Report on horse surra - Volume II, Part II
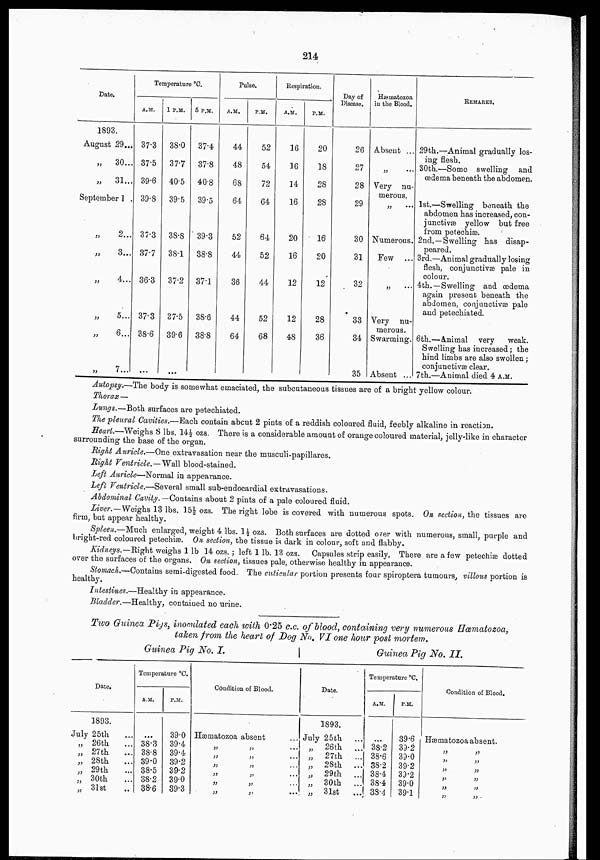
214
Date.
1893.
August 29...
„
30...
„ 31...
September 1
„
2...
„
3...
„
4...
„
5...
„
6...
„
7...
Temperature °C.
A.M.
37.3
37.5
39.6
39.8
37.3
37.7
36.3
37.3
38.6
...
1 P.M.
38.0
37.7
40.5
39.5
38.8
38.1
37.2
37.5
39.6
...
5 P.M.
37.4
37.8
40.8
39.5
39.3
38.8
37.1
38.6
38.8
Pulse.
A.M.
44
48
68
64
52
44
36
44
64
P.M.
52
54
72
64
64
52
44
52
68
Respiration.
A.M.
16
16
14
16
20
16
12
12
48
P.M.
20
18
28
28
16
20
12
28
36
Day of
Disease.
26
27
28
29
30
31
32
33
34
35
Hæmatozoa
in the Blood.
Absent ...
„ ...
Very nu-
merous.
„ ...
Numerous.
Few ...
„ ...
Very nu-
merous.
Swarming.
Absent ...
REMARKS.
29th.—Animal gradually los-
ing flesh.
30th.—Some swelling and
œdema beneath the abdomen.
1st.—Swelling beneath the
abdomen has increased, con-
junctivæ yellow but free
from petechiæ
2nd.—Swelling has disap-
peared.
3rd.—Animal gradually losing
flesh, conjunctivæ pale in
colour.
4th.—Swelling and œdema
again present beneath the
abdomen, conjunctivæ pale
and petechiated.
6th.—Animal very
weak.
Swelling has increased ; the
hind limbs are also swollen ;
conjunctivæ clear.
7th.—Animal died 4 A.M.
Autopsy.—The body is somewhat emaciated, the subcutaneous tissues are of a bright yellow colour.
Thorax—
Lungs.—Both surfaces are petechiated.
The pleural Cavities.—Each contain abcut 2 pints of a reddish coloured fluid, feebly alkaline in reaction.
Heart.—Weighs 8 lbs. 14½ ozs. There is a considerable amount of orange coloured material, jelly-like in character
surrounding the base of the organ.
Right Auricle.—One extravasation near the musculi-papillares.
Right Ventricle.—Wall blood-stained.
Left Auricle—Normal in appearance.
Left Ventricle.—Several small sub-endocardial extravasations.
Abdominal Cavity.—Contains about 2 pints of a pale coloured fluid.
Liver.—Weighs 13 lbs. 15½ ozs. The right lobe is covered with numerous spots. On section, the tissues are
firm, but appear healthy.
Spleen.—Much enlarged, weight 4 lbs. 1½ ozs. Both surfaces are dotted over with numerous, small, purple and
bright-red coloured petechiæ. On section, the tissue is dark in colour, soft and flabby.
Kidneys.—Right weighs 1 lb 14 ozs. ; left 1 lb. 13 ozs. Capsules strip easily. There are a few petechiæ dotted
over the surfaces of the organs. On section, tissues pale, otherwise healthy in appearance.
Stomach.—Contains semi-digested food. The cuticular portion presents four spiroptera tumours, villous portion is
healthy.
Intestines.—Healthy in appearance.
Bladder.—Healthy, contained no urine.
Two Guinea Pigs, inoculated each with 0.25 c.c. of blood, containing very numerous Hæmatozoa,
taken from the heart of Dog No. VI one hour post mortem.
Date.
1893.
July 25th ...
„ 26th ...
„ 27th ...
,. 28th ...
„ 29th ...
„ 30th ...
„ 31st
...
Guinea Pig No. I.
Temperature °C.
A.M.
...
38.3
38.8
39.0
38.5
38.2
38.6
P.M.
39.0
39.4
39.4
39.2
39.2
39.0
39.3
Condition of Blood.
Hæmatozoa absent
„ „ ....
„ „ ....
„ „ ....
„ „ ....
„ „ ....
„ „ ...
Date.
1893.
July 25th
...
„ 26th
...
„ 27th
...
„ 28th
...
„ 29th
...
„ 30th
...
„ 31st ...
Guinea
Pig No.
II.
Temperature °C.
A.M.
...
38.2
38.6
38.2
38.4
38.4
38.4
P.M.
39.6
39.2
39.0
39.2
39.2
39.0
39.1
Condition of Blood.
Hæmatozoa absent.
„ „
„ „
„ „
„ „
„ „
„ „